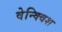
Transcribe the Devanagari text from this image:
वेन्क्विश